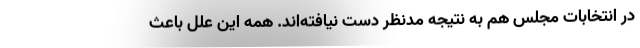
در انتخابات مجلس هم به نتیجه مد‌نظر دست نیافته‌اند. همه این علل باعث